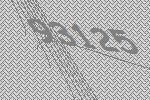
93125